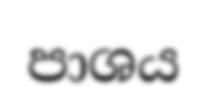
පාශය